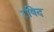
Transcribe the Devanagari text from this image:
रषिद